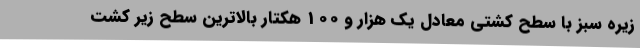
زیره سبز با سطح کشتی معادل یک هزار و 100 هکتار بالاترین سطح زیر کشت